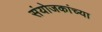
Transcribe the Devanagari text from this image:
संयोजकांच्या